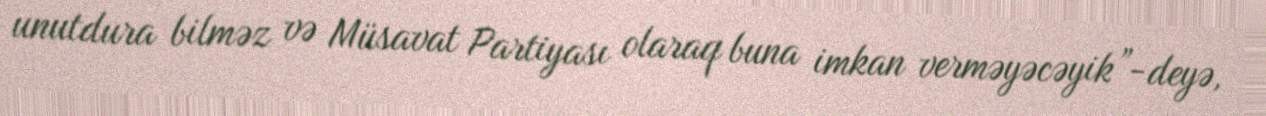
unutdura bilməz və Müsavat Partiyası olaraq buna imkan verməyəcəyik”-deyə,